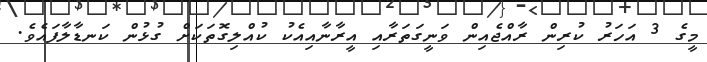
މީގެ 3 އަހަރު ކުރިން ރާއްޖެއިން ވަނީގަތަރާއި އީރާނާއިއެކު ކުއްލިގޮތަކަށް ގުޅުން ކަނޑާލާފައެވެ.